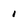
Character: 1